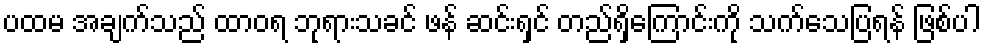
ပထမ အချက်သည် ထာဝရ ဘုရားသခင် ဖန် ဆင်းရှင် တည်ရှိကြောင်းကို သက်သေပြရန် ဖြစ်ပါ